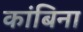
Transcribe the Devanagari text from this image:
कांबिना